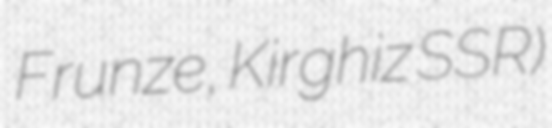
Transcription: Frunze, Kirghiz SSR)